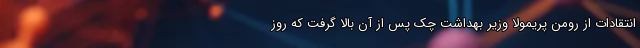
انتقادات از رومن پریمولا وزیر بهداشت چک پس از آن بالا گرفت که روز